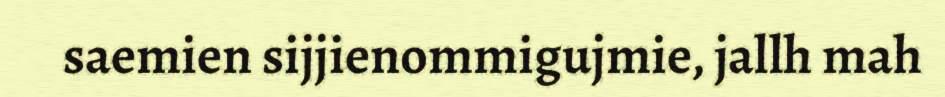
saemien sijjienommigujmie, jallh mah